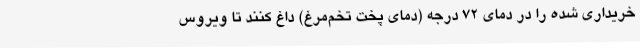
خریداری شده را در دمای 72 درجه (دمای پخت تخم‌مرغ) داغ کنند تا ویروس